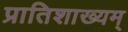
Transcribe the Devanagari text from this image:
प्रातिशाख्यम्